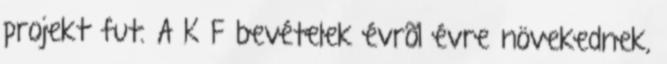
projekt fut. A K F bevételek évrõl évre növekednek,